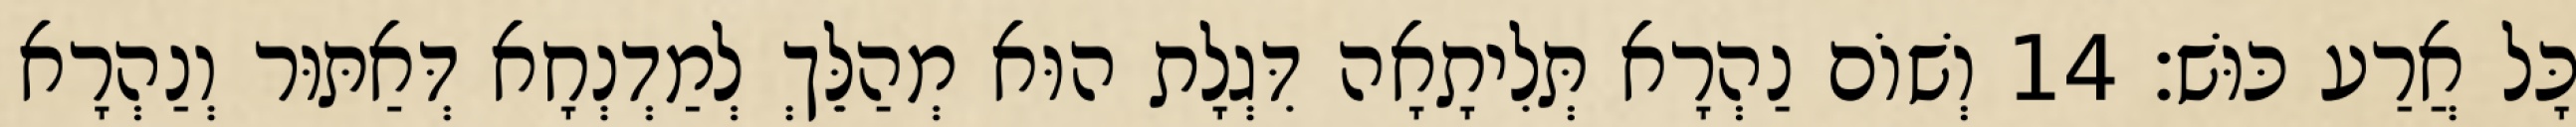
כָּל אֲרַע כּוּשׁ׃ 14 וְשׁוֹם נַהְרָא תְּלִיתָאָה דִּגְלָת הוּא מְהַלֵּךְ לְמַדְנְחָא דְּאַתּוּר וְנַהְרָא